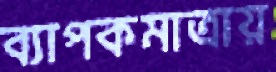
ব্যাপকমাত্রায়